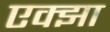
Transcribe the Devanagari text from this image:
एक्झा